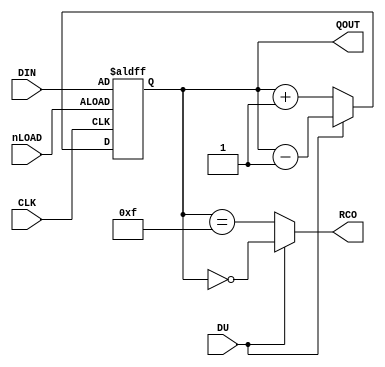
//============================================================================
//  SNK Alpha68k for MiSTer
//
//  Copyright (C) 2020 Sean 'Furrtek' Gonsalves
//
//  This program is free software; you can redistribute it and/or modify it
//  under the terms of the GNU General Public License as published by the Free
//  Software Foundation; either version 2 of the License, or (at your option)
//  any later version.
//
//  This program is distributed in the hope that it will be useful, but WITHOUT
//  ANY WARRANTY; without even the implied warranty of MERCHANTABILITY or
//  FITNESS FOR A PARTICULAR PURPOSE.  See the GNU General Public License for
//  more details.
//
//  You should have received a copy of the GNU General Public License along
//  with this program; if not, write to the Free Software Foundation, Inc.,
//  51 Franklin Street, Fifth Floor, Boston, MA 02110-1301 USA.
//============================================================================

module C74669 (
	input [3:0] DIN,
	input CLK,
	input DU,
	input nLOAD,
	output reg [3:0] QOUT,
	output RCO
);

	assign RCO = DU ? (QOUT == 4'd0) : (QOUT == 4'd15);

	always @(posedge CLK or negedge nLOAD)
	begin
		if (!nLOAD)
			QOUT <= DIN;
		else
			QOUT <= DU ? QOUT - 4'd1 : QOUT + 4'd1;
	end

endmodule